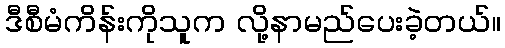
ဒီစီမံကိန်းကိုသူက လို့နာမည်ပေးခဲ့တယ်။